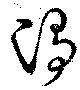
浄